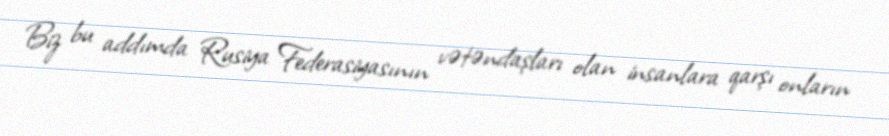
Biz bu addımda Rusiya Federasiyasının vətəndaşları olan insanlara qarşı onların